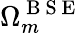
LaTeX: \Omega_{m}^{\mathrm{~B~S~E~}}